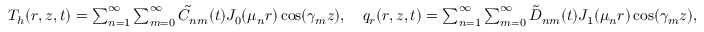
\begin{array} { r } { T _ { h } ( r , z , t ) = \sum _ { n = 1 } ^ { \infty } \sum _ { m = 0 } ^ { \infty } \tilde { C } _ { n m } ( t ) J _ { 0 } ( \mu _ { n } r ) \cos ( \gamma _ { m } z ) , \quad q _ { r } ( r , z , t ) = \sum _ { n = 1 } ^ { \infty } \sum _ { m = 0 } ^ { \infty } \tilde { D } _ { n m } ( t ) J _ { 1 } ( \mu _ { n } r ) \cos ( \gamma _ { m } z ) , } \end{array}